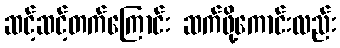
ဆင့်ဆင့်တက်ကြောင်း ဆက်ဖို့ကောင်းလည်း